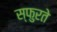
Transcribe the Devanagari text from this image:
स्फुरते